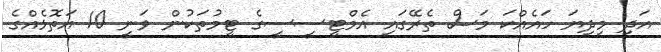
އަދި މިދިޔަ ހައެއްކަ މަސް ތެރޭގައި އެމްޓީސީސީގެ ޓީމުތަކުން ވަނީ 10 އަތޮޅެއްގެ